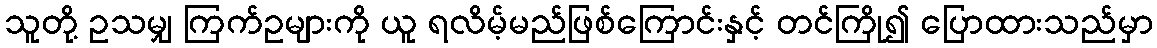
သူတို့ ဥသမျှ ကြက်ဥများကို ယူ ရလိမ့်မည်ဖြစ်ကြောင်းနှင့် တင်ကြို၍ ပြောထားသည်မှာ